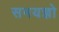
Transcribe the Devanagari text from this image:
समयज्ञो